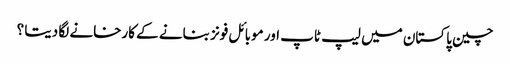
چین پاکستان میں لیپ ٹاپ اور موبائل فونز بنانے کے کارخانے لگا دیتا ؟